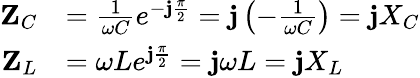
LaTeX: {\begin{array}{rl}{\mathbf{Z}_{C}}&{={\frac{1}{\omega C}}e^{-\mathbf{j}{\frac{\pi}{2}}}=\mathbf{j}\left({-{\frac{1}{\omega C}}}\right)=\mathbf{j}X_{C}}\\ {\mathbf{Z}_{L}}&{=\omega Le^{\mathbf{j}{\frac{\pi}{2}}}=\mathbf{j}\omega L=\mathbf{j}X_{L}\quad}\end{array}}